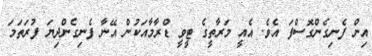
އިން ފެނިގެންގޮސްފަ އެވެ. އެއީ މަރާތީގެ ޓީވީ ޑްރާމާއަކުން އޭނާ ފެނިގެންދިޔަ ފުރަތަމަ